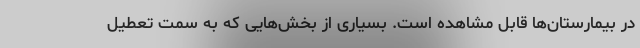
در بیمارستان‌ها قابل مشاهده است. بسیاری از بخش‌هایی که به سمت تعطیل